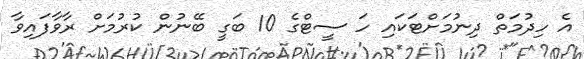
އެ ހިދުމަތް ދިނުމަށްޓަކައި ހަ ސީޓްގެ 10 ބަގީ ބޭނުން ކުރުމަށް ރާވާފައިވާ